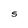
Character: S